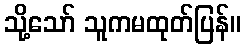
သို့သော် သူကမထုတ်ပြန်။